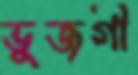
ভুজগী